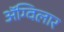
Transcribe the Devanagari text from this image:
अॅग्विलार